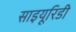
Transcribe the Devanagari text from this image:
साइयूरिडी